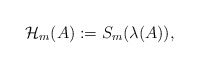
\begin{align*} \mathcal{ H}_m(A):=S_m(\lambda(A)),\end{align*}